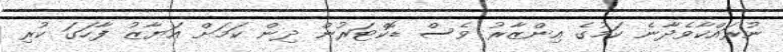
ނުރައްކާވެދާނެ ކަމުގެ އިންޒާރު ވެސް ޑޮކްޓަރުން ދިން ކަމަށް އަޔާޒު ފާހަގަ ކުރި